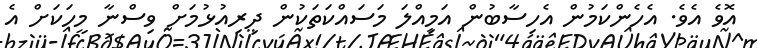
އޮވެ އެވެ. އެހެންކަމުން އެހިސާބުން އަމިއްލަ މަސައްކަތަކުން ދިރިއުޅުމަށް ވިސްނާ މީހަކަށް އެ